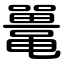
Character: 鼍